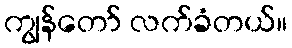
ကျွန်တော် လက်ခံတယ်။